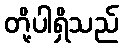
တို့ပါရှိသည်